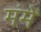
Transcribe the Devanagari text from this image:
मंमें